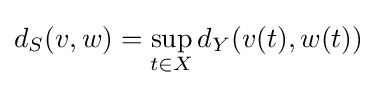
d_{S}(v,w)=\sup _{t\in X}d_{Y}(v(t),w(t))